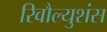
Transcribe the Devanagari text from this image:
रिवौल्युशंस